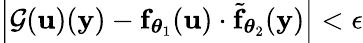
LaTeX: \left|{\cal G}({\mathbf u})({\mathbf y})-{\mathbf f}_{\boldsymbol{\theta}_{1}}({\mathbf u})\cdot\tilde{\mathbf f}_{\boldsymbol{\theta}_{2}}({\mathbf y})\right|<\epsilon